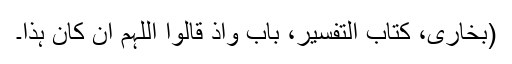
(بخاری، کتاب التفسیر، باب واذ قالوا اللہمّ ان کان ہذا۔